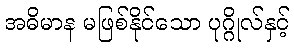
အဓိမာန မဖြစ်နိုင်သော ပုဂ္ဂိုလ်နှင့်